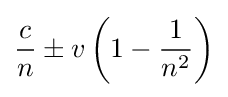
{\frac {c}{n}}\pm v\left(1-{\frac {1}{n^{2}}}\right)